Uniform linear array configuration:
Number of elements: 16
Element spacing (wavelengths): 0.75
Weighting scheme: hamming
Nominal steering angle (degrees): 30
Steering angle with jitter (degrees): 30.541
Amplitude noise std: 0.05
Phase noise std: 0.05

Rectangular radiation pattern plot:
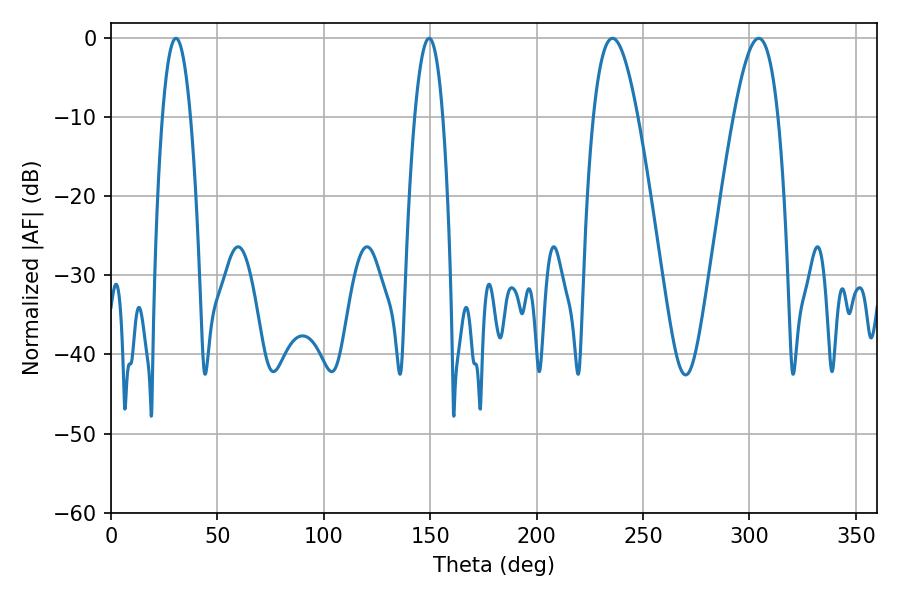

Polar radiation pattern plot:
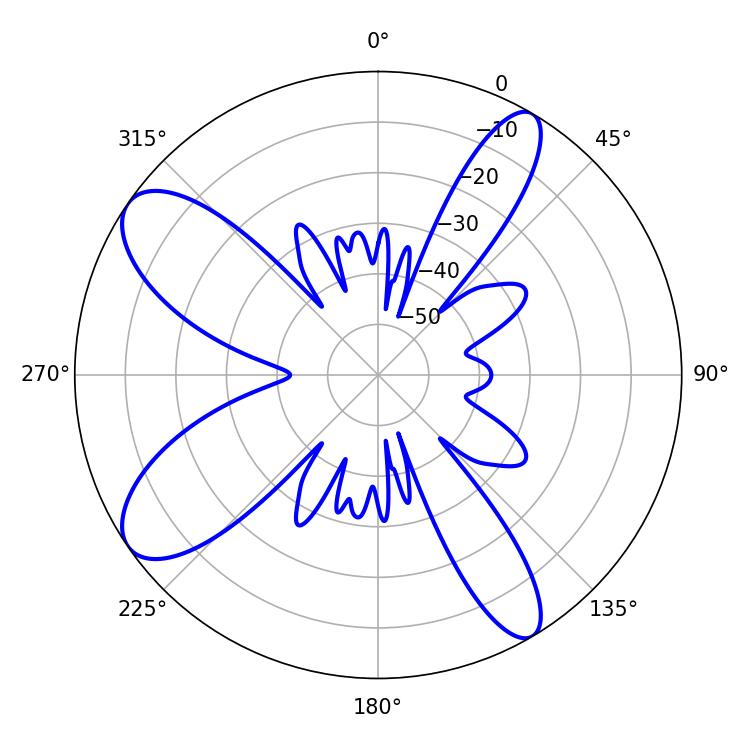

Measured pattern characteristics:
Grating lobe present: TRUE
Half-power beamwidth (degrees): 11.34
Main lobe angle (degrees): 235.62